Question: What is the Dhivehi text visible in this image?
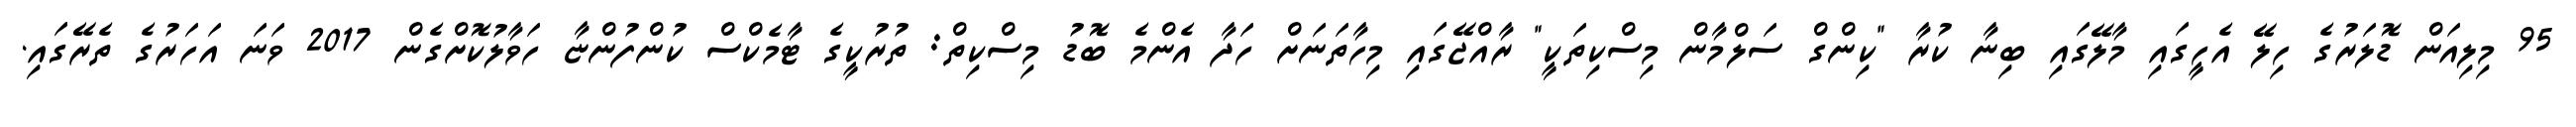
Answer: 95 މިލިއަން ޑޮލަރުގެ ހިލޭ އެހީގައި މާލޭގައި ބިނާ ކުރާ "ކިންގް ސަލްމާން މިސްކިތަކީ" ރާއްޖޭގައި މިހާތަނަށް ހަދާ އެންމެ ބޮޑު މިސްކިތް: ތުރުކީގެ ޓާމެކްސް ކުންފުންޏާ ހަވާލުކޮށްގެން 2017 ވަނަ އަހަރުގެ ތެރޭގައި.